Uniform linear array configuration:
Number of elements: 64
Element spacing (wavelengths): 0.25
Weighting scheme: kaiser
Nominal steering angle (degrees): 45
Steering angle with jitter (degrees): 45.723
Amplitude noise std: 0.05
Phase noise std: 0.05

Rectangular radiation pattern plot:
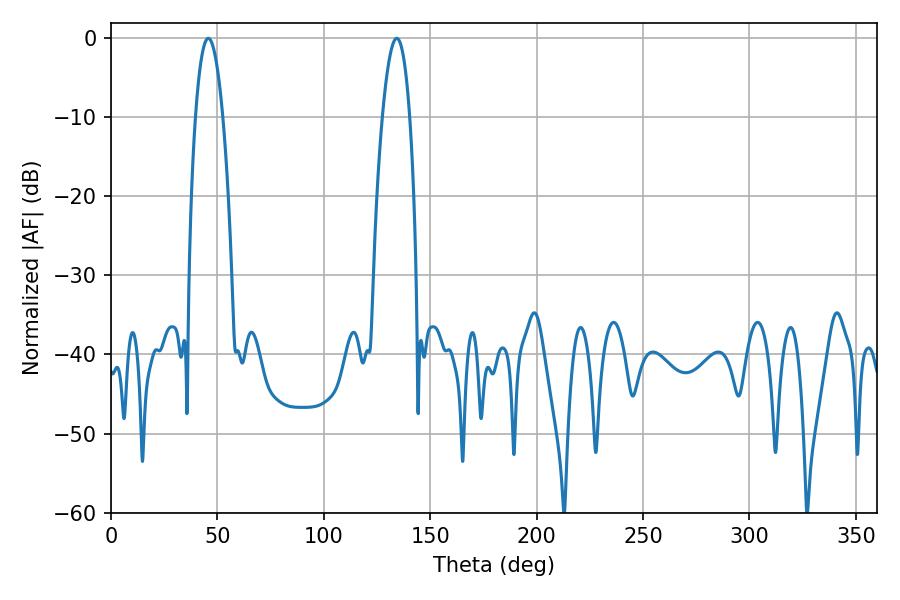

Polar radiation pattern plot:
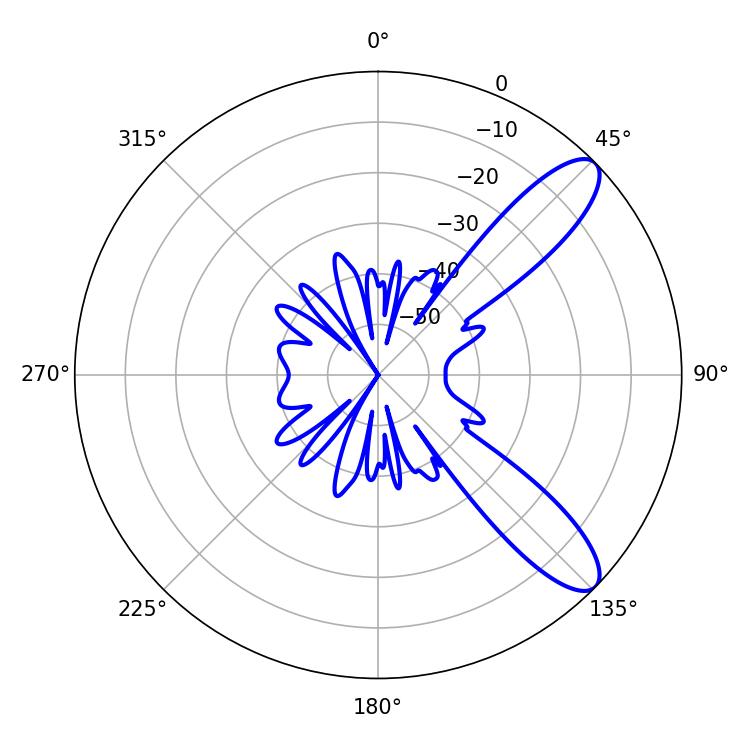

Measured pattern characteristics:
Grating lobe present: FALSE
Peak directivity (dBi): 10.197
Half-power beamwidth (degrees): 7.02
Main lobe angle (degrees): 45.72